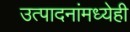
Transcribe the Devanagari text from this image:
उत्पादनांमध्येही